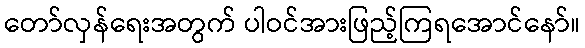
တော်လှန်ရေးအတွက် ပါဝင်အားဖြည့်ကြရအောင်နော်။